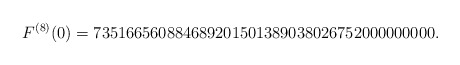
\begin{align*}F^{(8)}(0)=735166560884689201501389038026752000000000.\end{align*}